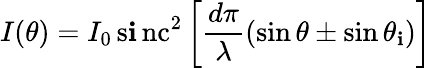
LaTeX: I(\theta)=I_{0}\, \operatorname{s\mathbf{i}nc}^{2}\left[{\frac{{d\pi}}{{\lambda}}}(\sin\theta\pm\sin\theta_{\mathbf{i}})\right]